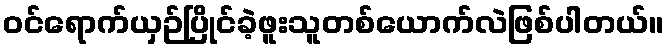
ဝင်ရောက်ယှဉ်ပြိုင်ခဲ့ဖူးသူတစ်ယောက်လဲဖြစ်ပါတယ်။